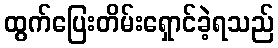
ထွက်ပြေးတိမ်းရှောင်ခဲ့ရသည်